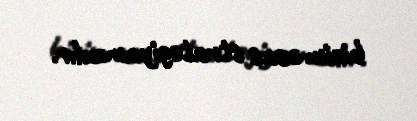
bizim əsas strategiyamızdır.